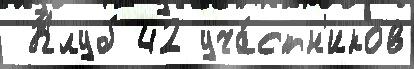
 Клуб 42 уча́стн'иков